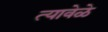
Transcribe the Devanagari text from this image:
त्यावेळे